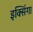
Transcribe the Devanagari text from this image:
इक्सिंगा